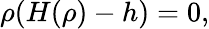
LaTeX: \rho(H(\rho)-h)=0,